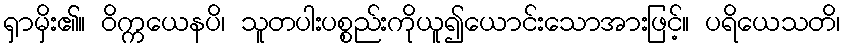
ရှာမှိး၏။ ဝိက္ကယေနပိ၊ သူတပါးပစ္စည်းကိုယူ၍ယောင်းသောအားဖြင့်။ ပရိယေသတိ၊